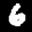
Label: 6